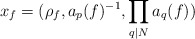
\begin{align*}x_f=(\rho_f, a_p(f)^{-1}, \prod_{q | N} a_q(f))\end{align*}